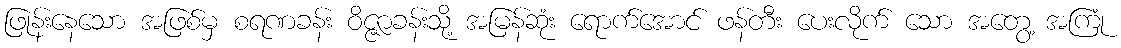
ဖြုန်းနေသော အဖြစ်မှ စရဏခန်း ဝိဇ္ဇာခန်းသို့ အမြန်ဆုံး ရောက်အောင် ဖန်တီး ပေးလိုက် သော အတွေ့ အကြုံ